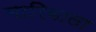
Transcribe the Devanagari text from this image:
मारिवाला